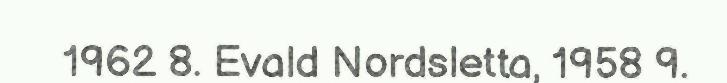
1962 8. Evald Nordsletta, 1958 9.